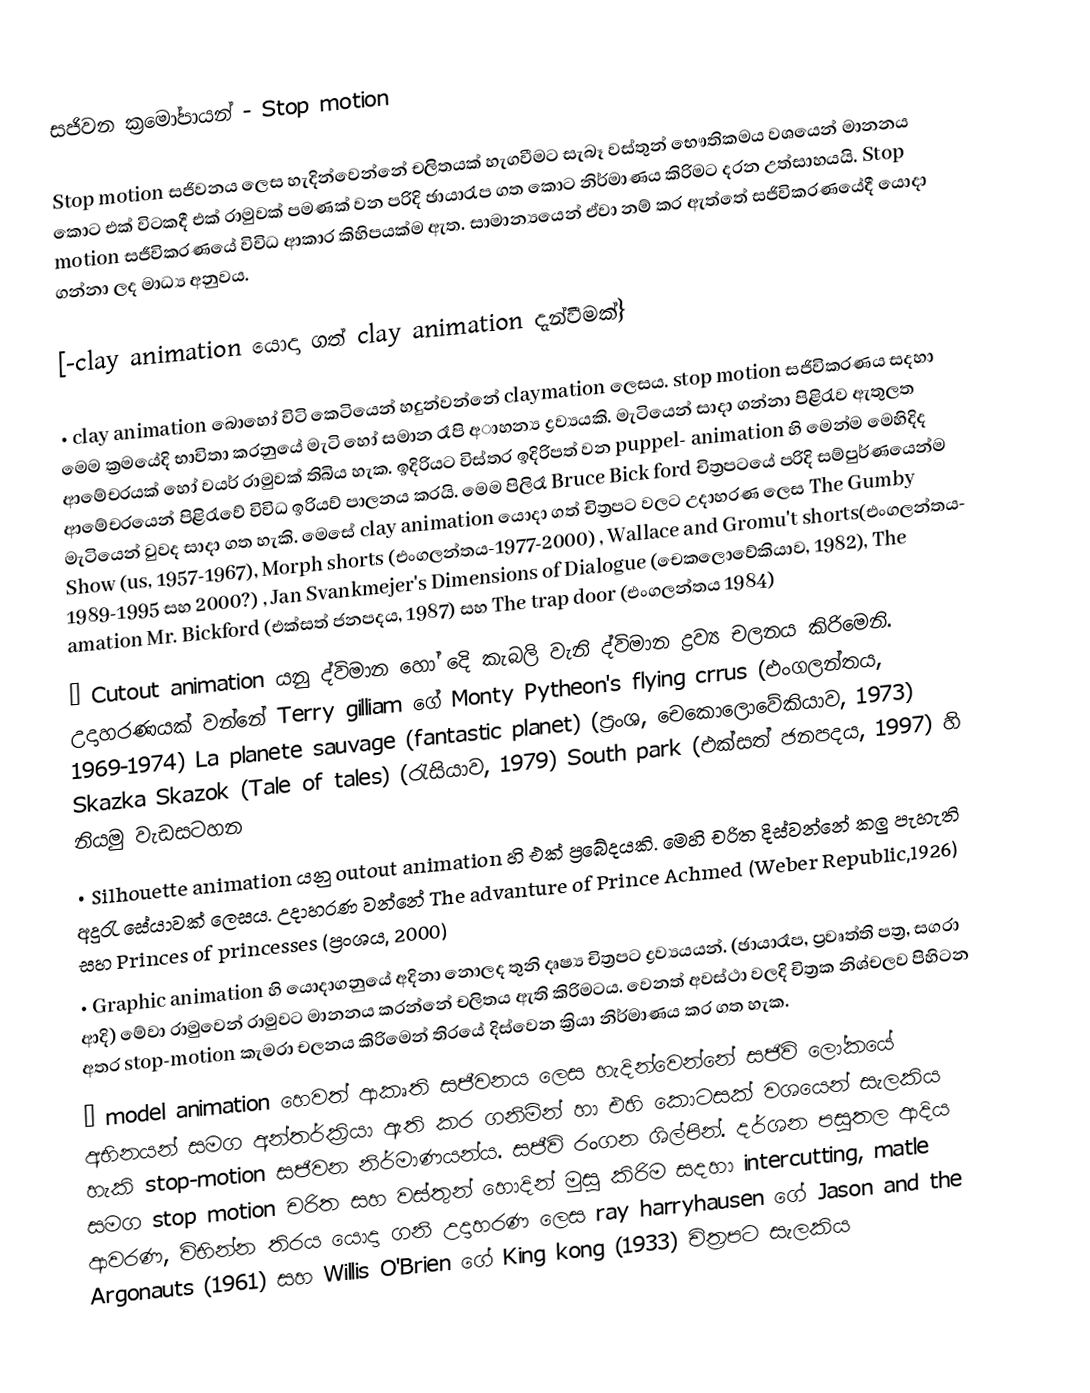
සජිවන ක්‍රමෝපායන් - Stop motion

Stop motion සජිවනය ලෙස හැදින්වෙන්නේ චලිතයක් හැගවීමට සැබෑ වස්තුන් භෞතිකමය වශයෙන් මානනය කොට එක් විටකදී එක් රාමුවක් පමණක් වන පරිදි ඡායාරැප ගත කොට නිර්මාණය කිරිමට දරන උත්සාහයයි. Stop motion සජීවිකරණයේ විවිධ ආකාර කිහිපයක්ම ඇත. සාමාන්‍යයෙන් ඒවා නම් කර ඇත්තේ සජිවිකරණයේදී යොදා ගන්නා ලද මාධ්‍ය අනුවය.

[-clay animation යොදා ගත්  clay animation දැන්වීමක්}

•	clay animation බොහෝ විටි කෙටියෙන් හදුන්වන්නේ claymation ලෙසය.  stop motion සජිවිකරණය සදහා මෙම ක්‍රමයේදි භාවිතා කරනුයේ මැටි හෝ සමාන රෑපි අාහන්‍ය ද්‍රව්‍යයකි. මැටි‍යෙන් සාදා ගන්නා පිළිරැව ඇතුලත ආමේචරයක් හෝ වයර් රාමුවක් තිබිය හැක. ඉදිරියට විස්තර ඉදිරිපත් වන puppel- animation හි මෙන්ම මෙහිදිද ආමේචරයෙන් පිළිරැවේ විවිධ ඉරියව් පාලනය කරයි. මෙම පිලිරෑ  Bruce Bick ford  චිත්‍රපටයේ පරිදි සම්පුර්ණයෙන්ම මැටියෙන් වුවද සාදා ගත හැකි. මෙසේ clay animation යොදා ගත් චිත්‍රපට වලට උදාහරණ ලෙස  The Gumby Show (us, 1957-1967), Morph shorts (එංගලන්තය-1977-2000) , Wallace and Gromu't shorts(එංගලන්තය- 1989-1995 සහ 2000?) , Jan Svankmejer's Dimensions of Dialogue (චෙකලොවේකියාව, 1982), The amation Mr. Bickford (එක්සත් ජනපදය, 1987) සහ The trap door (එංගලන්තය 1984)
•	Cutout animation යනු ද්විමාන හෝ දෙි කැබලි වැනි ද්විමාන ද්‍රව්‍ය චලනය කිරිමෙනි. උදාහරණයක් වන්නේ Terry gilliam ගේ Monty Pytheon's flying crrus (එංගලන්තය, 1969-1974) La planete sauvage (fantastic planet) (ප්‍රංශ, චෙකොලොවේකියාව, 1973) Skazka Skazok (Tale of tales) (රැසියාව, 1979)  South park (එක්සත් ජනපදය, 1997) හි නියමු වැඩසටහන
•	Silhouette animation යනු outout animation හි එක් ප්‍රබේදයකි. මෙහි චරිත දිස්වන්නේ කලු පැහැති අදුරැ සේයාවක් ලෙසය. උදාහරණ වන්නේ  The advanture of Prince Achmed (Weber Republic,1926) සහ  Princes of princesses (ප්‍රංශය, 2000)
•	Graphic animation හි යොදාගනුයේ අදිනා නොලද තුනි දෘෂ්‍ය චිත්‍රපට ද්‍රව්‍යයයන්. (ඡායාරෑප, ප්‍රවෘත්ති පත්‍ර, සගරා ආදි) මේවා රාමුවෙන් රාමුවට මානනය කරන්නේ චලිතය ඇති කිරිමටය. වෙනත් අවස්ථා වලදි චිත්‍රක නිශ්චලව පිහිටන අතර  stop-motion කැමරා චලනය කිරිමෙන් තිරයේ දිස්වෙන ක්‍රියා නිර්මාණය කර ගත හැක.
•	 model animation හෙවත් ආකෘති සජීවනය ලෙස හැදින්වෙන්නේ සජිවි ලෝකයේ අභිනයන් සමග අන්තර්ක්‍රියා ඇති කර ගනිමින් හා ‍එහි කොටසක් වශයෙන් සැලකිය හැකි  stop-motion  සජිවන නිර්මාණයන්ය. සජීවි රංගන ශිල්පින්. දර්ශන පසුතල ආදිය සමග stop motion චරිත සහ වස්තුන් හොදින් මුසු කිරිම සදහා intercutting, matle ආවරණ, විභින්න තිරය යොදා ගනි උදාහරණ ලෙස ray harryhausen ගේ Jason and the Argonauts (1961) සහ Willis O'Brien ගේ  King kong (1933) චිත්‍රපට සැලකිය